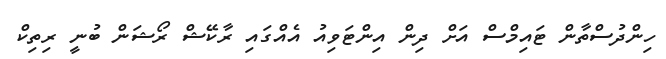
ހިންދުސްތާން ޓައިމްސް އަށް ދިން އިންޓަވިއު އެއްގައި ރާކޭޝް ރޯޝަން ބުނީ ރިތިކް